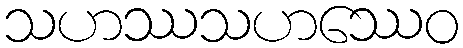
သဟဿသဟဿေဝ